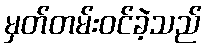
မှတ်တမ်းဝင်ခဲ့သည်